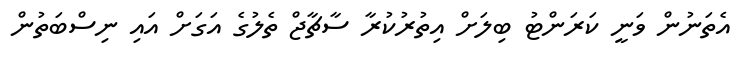
އެތަނުން ވަނީ ކަރަންޓު ބިލަށް އިތުރުކުރާ ސާޗާޖް ތެލުގެ އަގަށް އައި ނިސްބަތުން